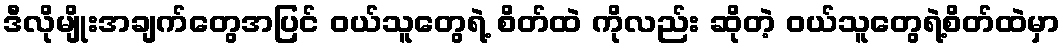
ဒီလိုမျိုးအချက်တွေအပြင် ဝယ်သူတွေရဲ့ စိတ်ထဲ ကိုလည်း ဆိုတဲ့ ဝယ်သူတွေရဲ့စိတ်ထဲမှာ